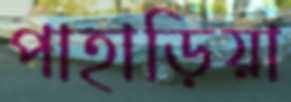
পাহাড়িয়া